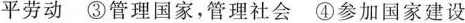
平劳动③管理国家，管理社会④参加国家建设